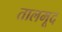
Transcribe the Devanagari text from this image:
तालमूद